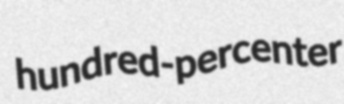
hundred-percenter